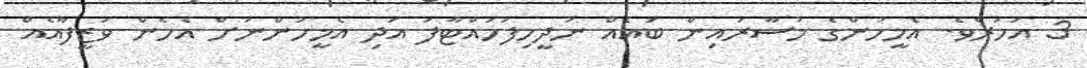
3 އަހަރެވެ. އެމީހުންގެ މުސާރައިން ބައެއް ނުދީހިފަހައްޓާފަ އަދި އެމީހުންނަށް އެހެން ވަޒީފާއެއް